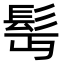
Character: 髩